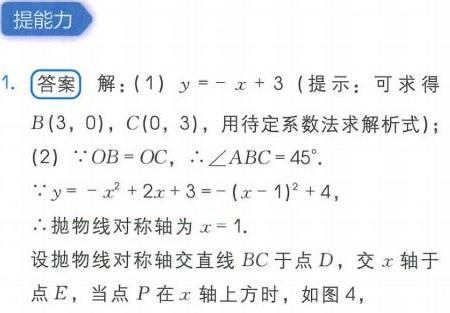
提能力
1. 答案 解：(1) \(y = -x + 3\) (提示：可求得\(B(3,0)\)，\(C(0,3)\)，用待定系数法求解析式)；
(2) \(\because OB = OC\)，\(\therefore \angle ABC = 45^{\circ}\)。
\(\because y=-x^{2}+2x + 3=-(x - 1)^{2}+4\)，
\(\therefore\)抛物线对称轴\(x = 1\)。
设抛物线对称轴交直线\(BC\)于点\(D\)，交\(x\)轴于点\(E\)，当点\(P\)在\(x\)轴上方时，如图4，